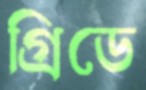
গ্রিডে